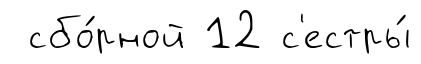
сбо́рной 12 с'естры́